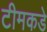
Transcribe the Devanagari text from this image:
टीमकडे